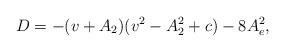
LaTeX: \begin{align*}D=-(v+A_2)(v^2-A_2^2+c)-8A_e^2,\end{align*}